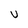
Character: U